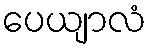
ပေယျာလံ